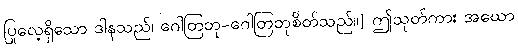
ပြုလေ့ရှိသော ဒါနသည်၊ ဂေါတြဘု-ဂေါတြဘုစိတ်သည်။] ဤသုတ်ကား အဃော